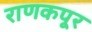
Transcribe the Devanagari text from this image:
राणकपूर